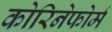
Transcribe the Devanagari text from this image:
कोरिनेफोर्म